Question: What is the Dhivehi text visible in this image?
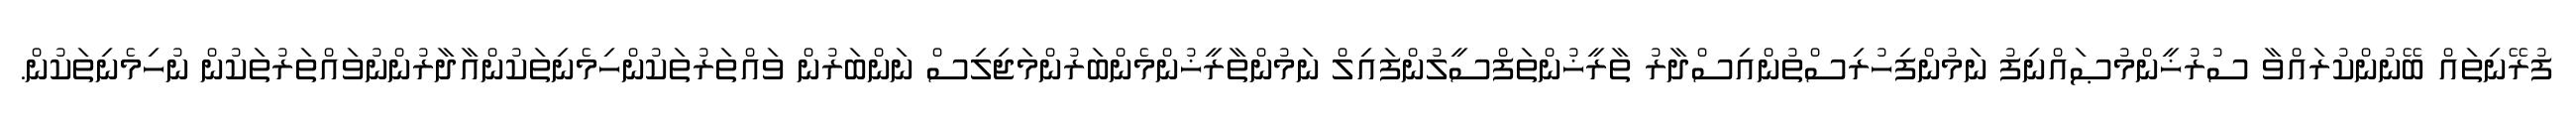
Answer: ފުރޭނިތައް ބޭނުންކުރައްވާ ސުރުޚީންމުޞައްނިފު ނަމުންފިހުރިސްތުންއިސްދާރު ތާރީޚުންތަފްސީލުންފައިލް ނަމުންތާރީޚުންމެންބަރުންމަޖިލިސް ނަންބަރުން ވައްތަރުތަކުންހިމެނިތަކުންއާދާރުންނުވައްތަރުތަކުން ނުހިމެނިތަކުން.